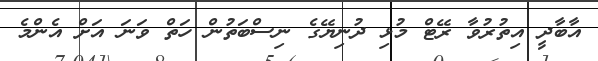
އާބާދީ އިތުރުވާ ރޭޓް މުޅި ދުނިޔޭގެ ނިސްބަތުން ހަތް ވަނަ އަށް އެންމެ